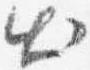
出